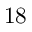
1 8